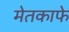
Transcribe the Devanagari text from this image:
मेतकाफे